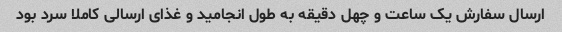
ارسال سفارش یک ساعت و چهل دقیقه به طول انجامید و غذای ارسالی کاملا سرد بود